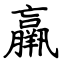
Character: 羸